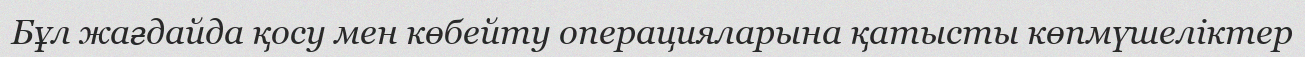
Бұл жағдайда қосу мен көбейту операцияларына қатысты көпмүшеліктер